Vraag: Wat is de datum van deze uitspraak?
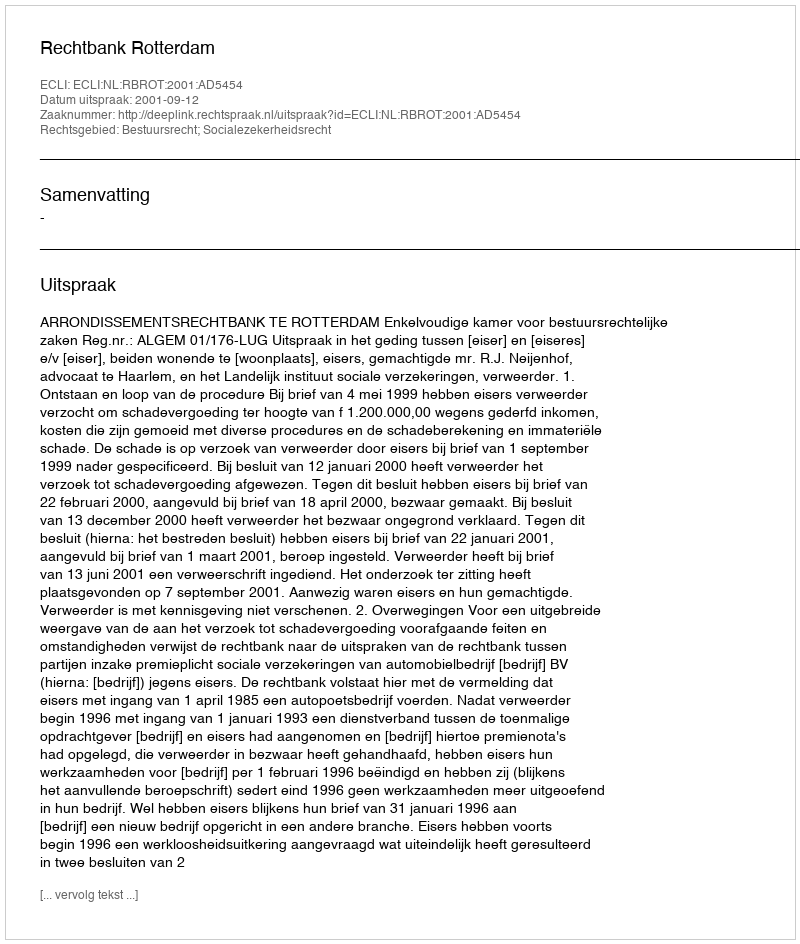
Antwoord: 2001-09-12